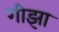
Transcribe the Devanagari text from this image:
गीझा